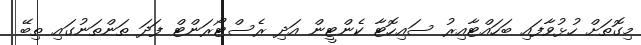
މިގޮތަށް ހުޅުވާފައި ބަހައްޓާއިރު ސައިހޮޓާ ކެންޓީން އަދި ރެސްޓޯރަންޓް ފަދަ ތަންތަނުގައި ތިބޭ